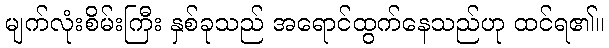
မျက်လုံးစိမ်းကြီး နှစ်ခုသည် အရောင်ထွက်နေသည်ဟု ထင်ရ၏။